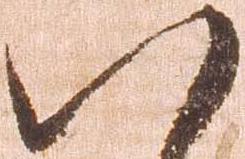
八